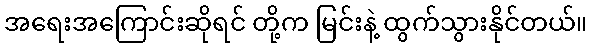
အရေးအကြောင်းဆိုရင် တို့က မြင်းနဲ့ ထွက်သွားနိုင်တယ်။